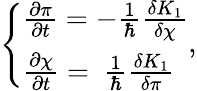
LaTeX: \left\{ \begin{array}{l}{{{\frac{\partial\pi}{\partial t}}=-{\frac{1}{\hbar}}{\frac{\delta K_{1}}{\delta\chi}}}}\\ {{{\frac{\partial\chi}{\partial t}}=~{\frac{1}{\hbar}}{\frac{\delta K_{1}}{\delta\pi}}}}\end{array}\right.,